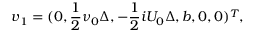
\boldsymbol { v } _ { 1 } = ( 0 , \frac { 1 } { 2 } \nu _ { 0 } \Delta , - \frac { 1 } { 2 } i U _ { 0 } \Delta , b , 0 , 0 ) ^ { T } ,